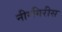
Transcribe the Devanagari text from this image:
नीरगिरीस